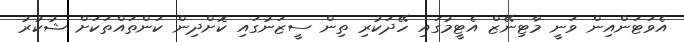
އެވަޓަންއިން ވަނީ މާޓިނޭޒް އެޓީމުގައި ހޭދަކުރި ތިން ސީޒަނުގައި ކޮށްދިން ކަންތައްތަކަށް ޝުކުރު